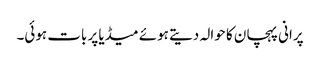
پرانی پہچان کا حوالہ دیتے ہوئے میڈیا پر بات ہوئی۔